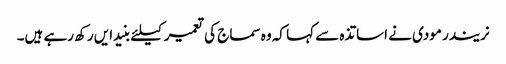
نریندر مودی نے اساتذہ سے کہا کہ وہ سماج کی تعمیر کیلئے بنیدایں رکھ رہے ہیں۔